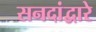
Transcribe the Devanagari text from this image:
सनदांद्वारे